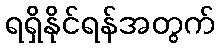
ရရှိနိုင်ရန်အတွက်